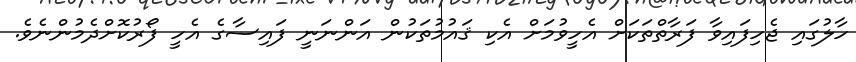
ހާލުގައި ޖެހިފައިވާ ފަރާތްތަކަށް އެހީވުމަށް އެކި ޤައުމުތަކުން އަންނަނީ ފައިސާގެ އެހީ ފޯރުކޮށްދެމުންނެވެ.